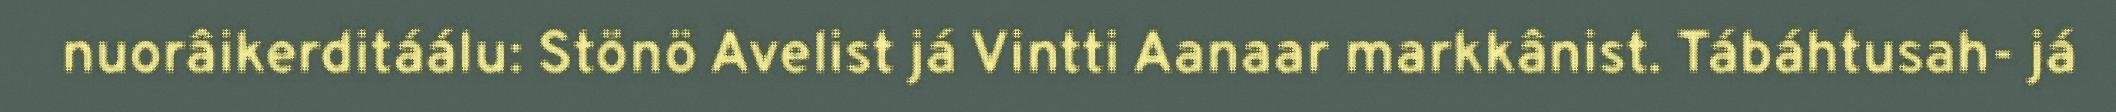
nuorâikerditáálu: Stönö Avelist já Vintti Aanaar markkânist. Tábáhtusah- já